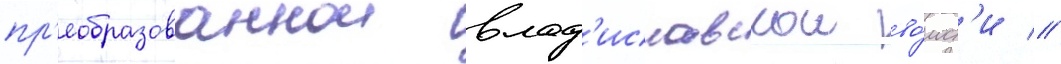
пр'еобразованнои влад'иславскои во́лост'и //